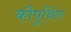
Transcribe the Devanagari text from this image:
कौपुथिंग